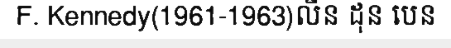
F. Kennedy(1961-1963)លីន ដុន បេន